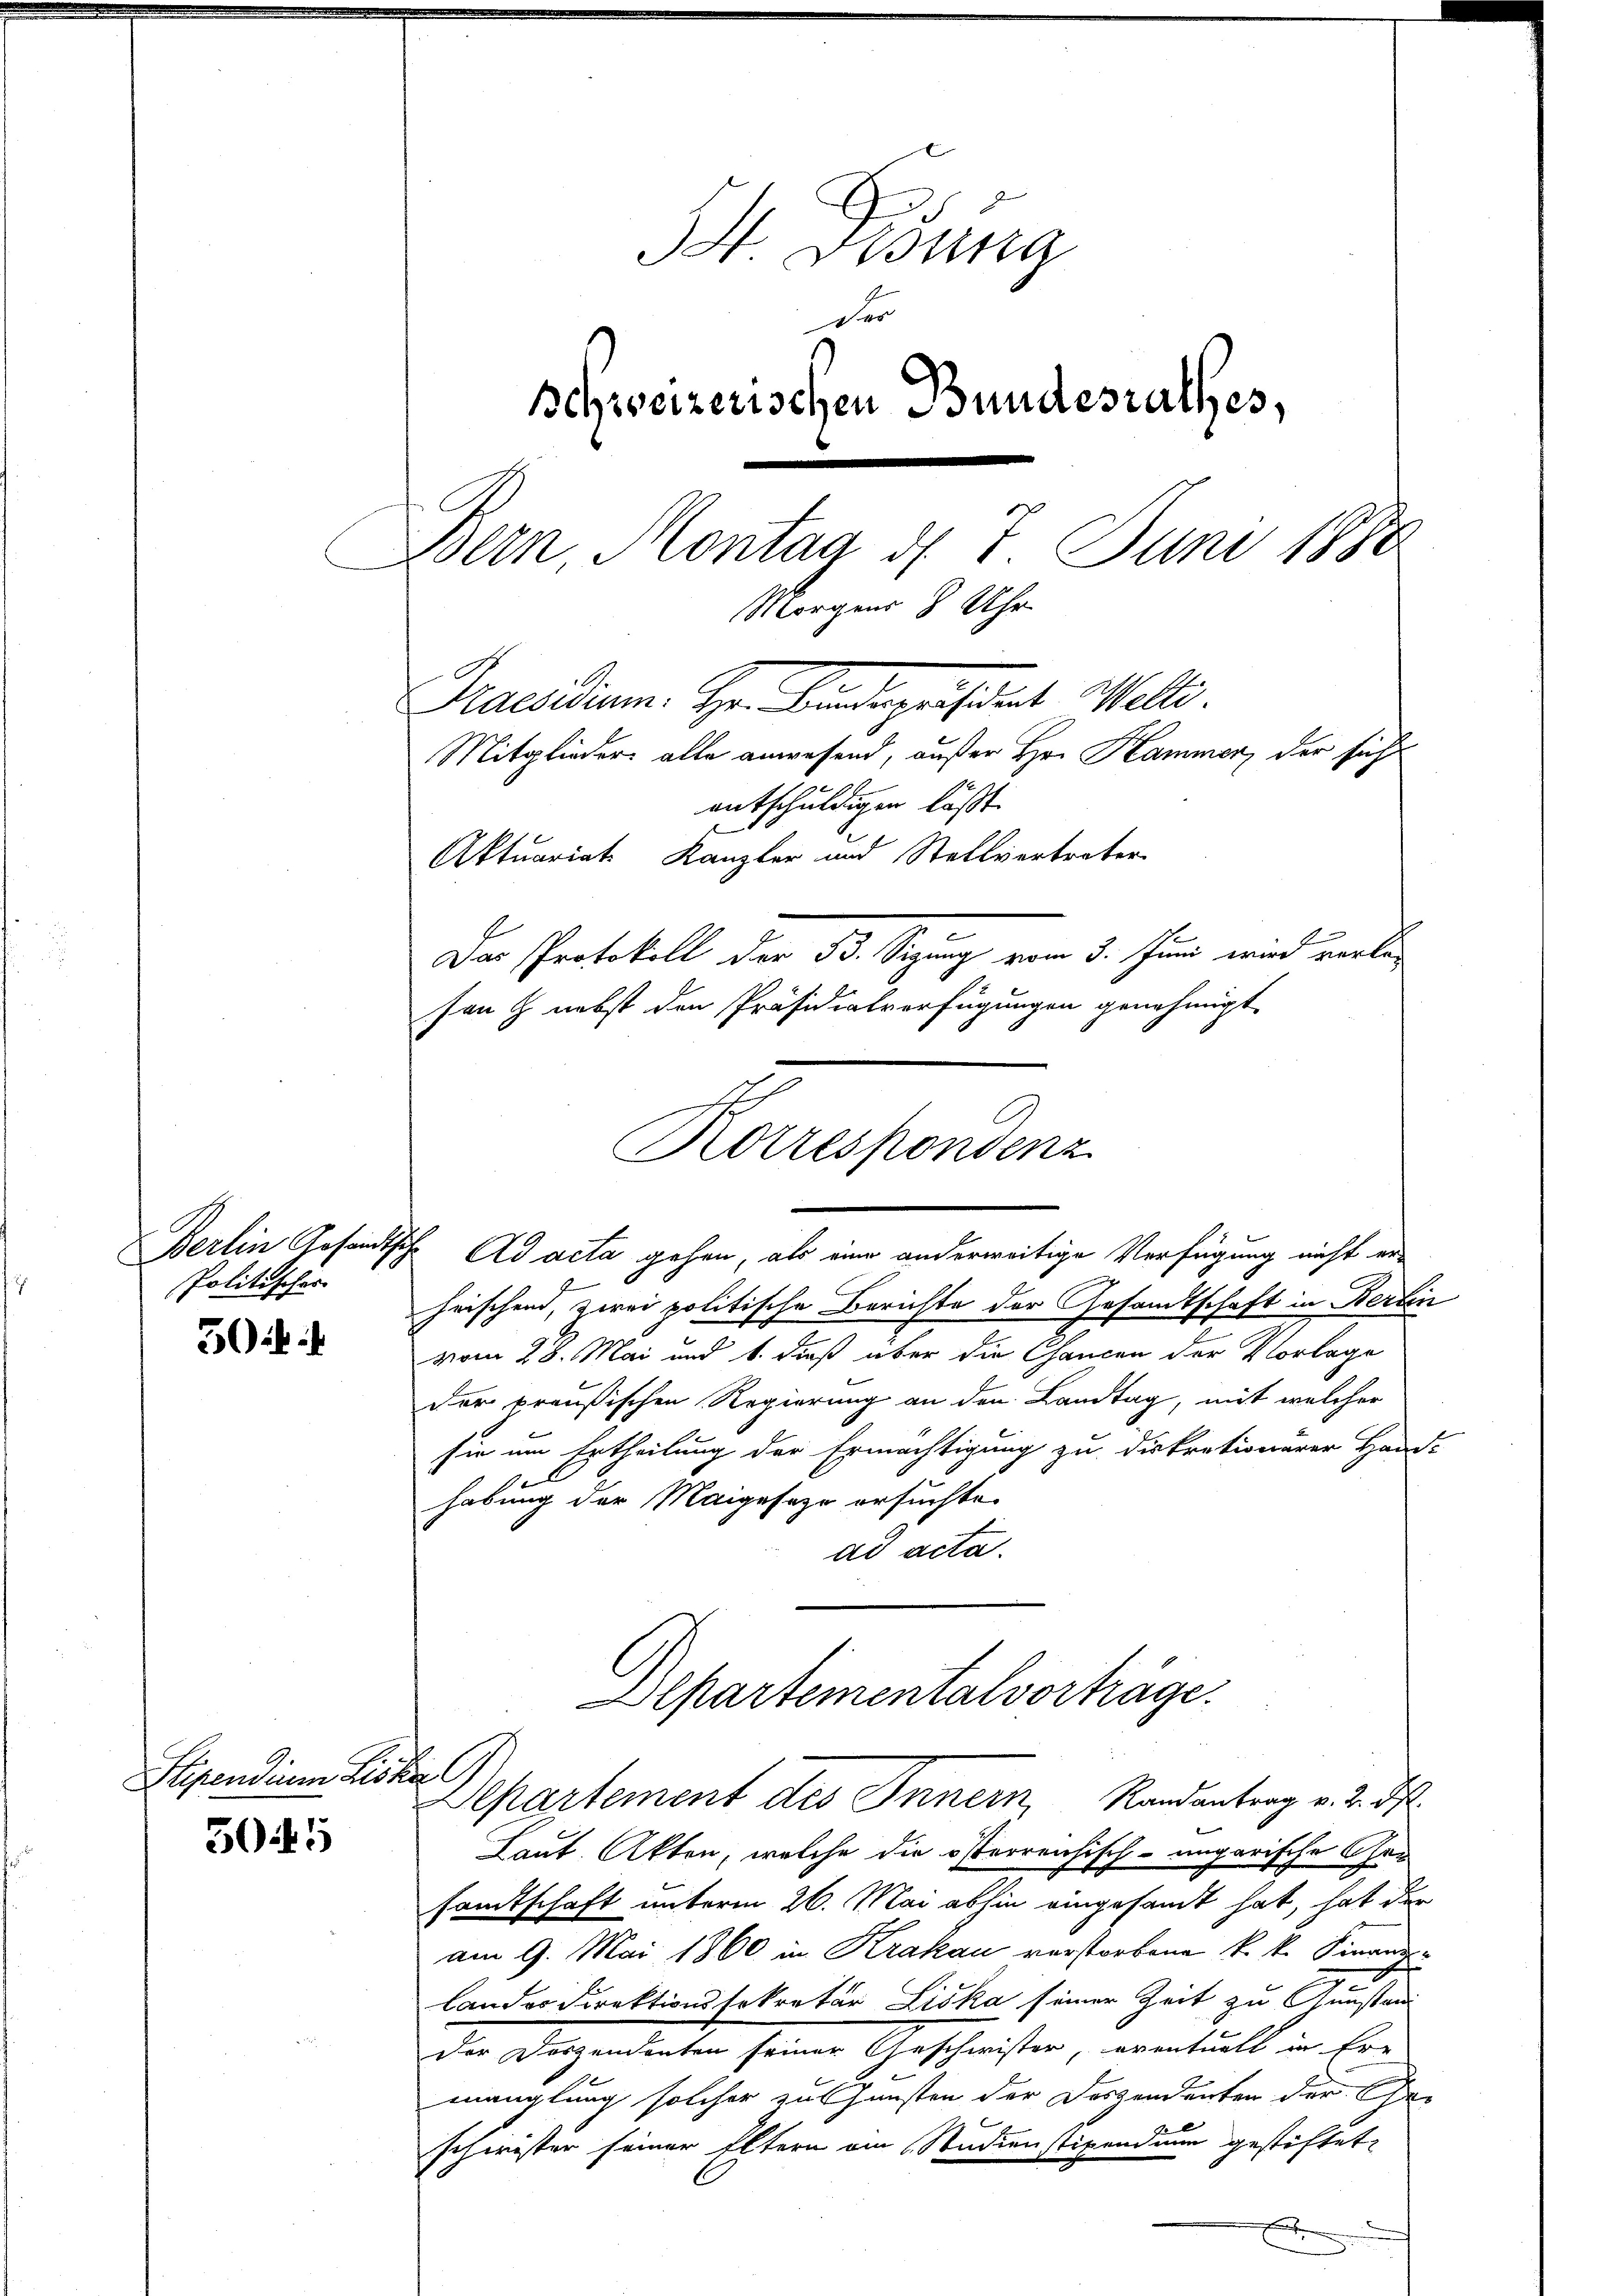
Politischer

5if. 1

Stipendium des

505

4 Bung
der
schweizerischen Bundesrathes,
Bern Montag d. 7. Juni 1880
Morgens 8 Uhr
Maesidium. Hr. Kindepräsident Welti.
Mitglieder alle anwesend, außer Hr. Hammer, der sicht
e
entschuldigen läßt.
Aktuariat Kanzler und Stellvertreter
Der Protokoll der 33. Seprung vom 3. Juni wird verle
son § nebst den Präsidialverfügungen genehmigt

Berlin Gesandtsch. Ad acta gehen, als eine anderweitige Verfügung nicht erheischend, zwei politische Berichte der Gesandtschaft in Berlin
vom 28. Mai und b. dieß über die Chancen der Vorlage
der preußischen Regierung an den Landtag, mit welcher
sie um Ertheilung der Ermächtigung zu diskrationärer Hand-
habung der Maigesage ersuchte.
ad acta.

Korrespondenz

Alpartementalvorträge.
t
Separtement des Innern, Randantrag v. 2. ds.

Laut Akten, welche die österreichisch-ungarische Gesamtschaft unterm 26. Mai abhin eingesandt hat, hat der
am 9. Mai 1860 in Krakau verstorbene k. k. Finanlander Direktionssekretär Liska seiner Zeit zu Gunstan
Der Regenderten seine Geschwisten, eventuell in Ein
manglung solcher zu Gunsten der Deszendenten der Ge-
schwister seiner Eltern am Studienstipendium gestiftet.
x